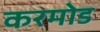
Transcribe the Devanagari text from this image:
करमोड